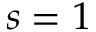
s = 1